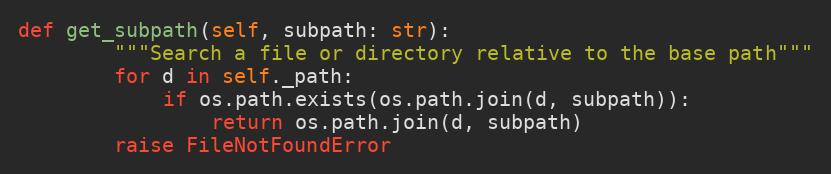
Language: Python
def get_subpath(self, subpath: str):
        """Search a file or directory relative to the base path"""
        for d in self._path:
            if os.path.exists(os.path.join(d, subpath)):
                return os.path.join(d, subpath)
        raise FileNotFoundError